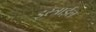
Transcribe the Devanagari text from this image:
इस्त्राईल